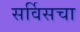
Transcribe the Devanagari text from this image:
सर्विसचा